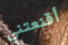
أقنعتني